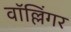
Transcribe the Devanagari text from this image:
वॉल्लिंगर